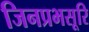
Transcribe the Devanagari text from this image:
जिनप्रभसूरि